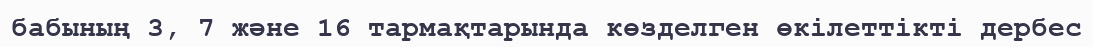
бабының 3, 7 және 16 тармақтарында көзделген өкілеттікті дербес